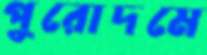
পুরোদমে